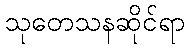
သုတေသနဆိုင်ရာ